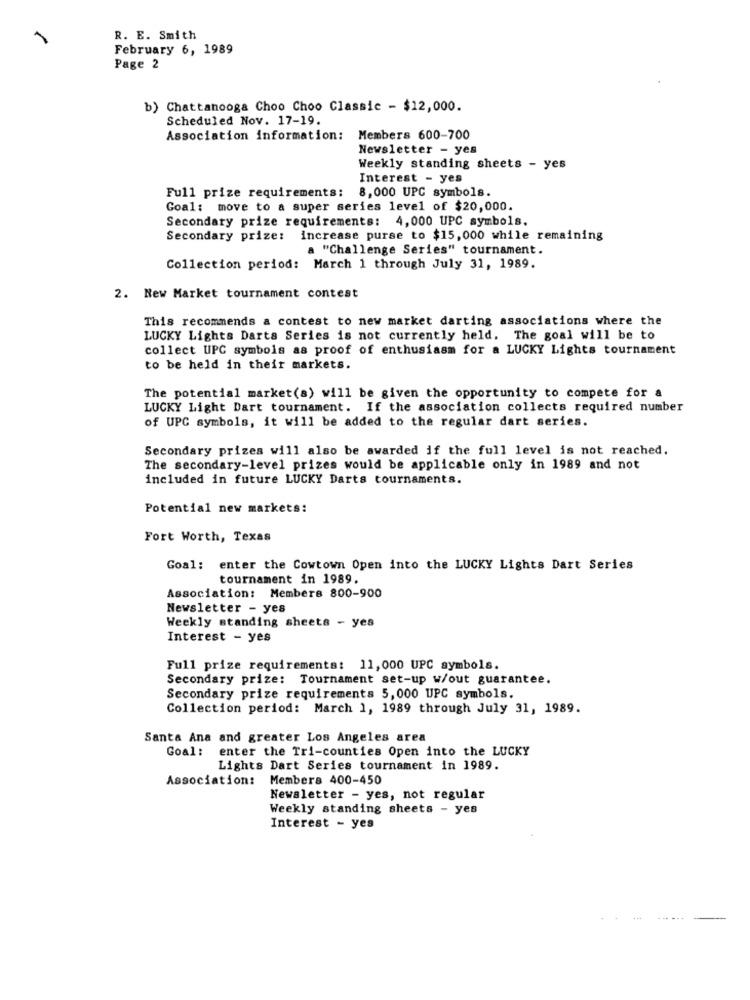
R. E. Smith
February 6, 1989
Page 2
b) Chattanooga Choo Choo Classic - $12,000.
Scheduled Nov. 17-19.
Association information: Members 600-700
Newsletter - yes
Weekly standing sheets - yes
Interest - yes
Full prize requirements: 8,000 UPC symbols.
Goal: move to a super series level of $20,000.
Secondary prize requirements: 4,000 UPC symbols.
Secondary prize: increase purse to $15,000 while remaining
a "Challenge Series" tournament.
Collection period: March 1 through July 31, 1989.
2. New Market tournament contest
This recommends a contest to new market darting associations where the
LUCKY Lights Darts Series is not currently held. The goal will be to
collect UPC symbols as proof of enthusiasm for a LUCKY Lights tournament
to be held in their markets.
The potential market(s) will be given the opportunity to compete for a
LUCKY Light Dart tournament. If the association collects required number
of UPC symbols, it will be added to the regular dart series.
Secondary prizes will also be awarded if the full level is not reached.
The secondary-level prizes would be applicable only in 1989 and not
included in future LUCKY Darts tournaments.
Potential new markets:
Fort Worth, Texas
Goal: enter the Cowtown Open into the LUCKY Lights Dart Series
tournament in 1989.
Association: Members 800-900
Newsletter - yes
Weekly standing sheets - yes
Interest - yes
Full prize requirements: 11,000 UPC symbols.
Secondary prize: Tournament set-up w/out guarantee.
Secondary prize requirements 5, 000 UPC symbols.
Collection period: March 1, 1989 through July 31, 1989.
Santa Ana and greater Los Angeles area
Goal: enter the Tri-counties Open into the LUCKY
Lights Dart Series tournament in 1989.
Association:
Members 400-450
Newsletter - yes, not regular
Weekly standing sheets - yes
Interest - yes